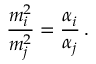
\frac { m _ { i } ^ { 2 } } { m _ { j } ^ { 2 } } = \frac { \alpha _ { i } } { \alpha _ { j } } \, .